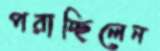
পরাচ্ছিলেন